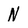
Character: N